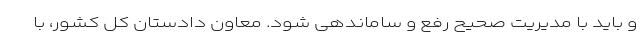
و باید با مدیریت صحیح رفع و ساماندهى شود. معاون دادستان کل کشور، با